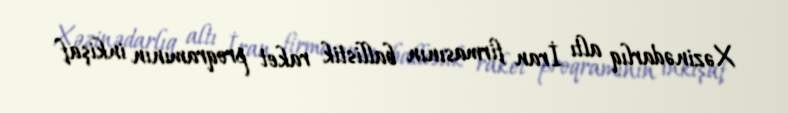
Xəzinədarlıq altı İran firmasının ballistik raket proqramının inkişaf